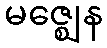
မဇ္ဈေန